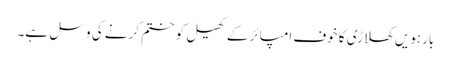
بارہویں کھلاڑی کا خوف امپائر کے کھیل کو ختم کرنے کی وسل ہے۔